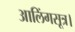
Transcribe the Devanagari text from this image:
आलिंगसूत्र।